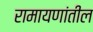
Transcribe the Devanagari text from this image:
रामायणांतील